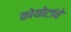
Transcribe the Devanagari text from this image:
कोयोटांचे